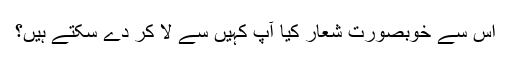
اس سے خوبصورت شعار کیا آپ کہیں سے لا کر دے سکتے ہیں؟